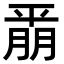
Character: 𫷚